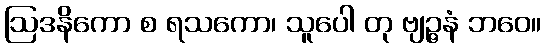
ဩဒနိကော စ ရသကော၊ သူပေါ တု ဗျဉ္ဇနံ ဘဝေ။